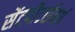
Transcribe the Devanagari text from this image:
सेंटपीटर्सबर्ग